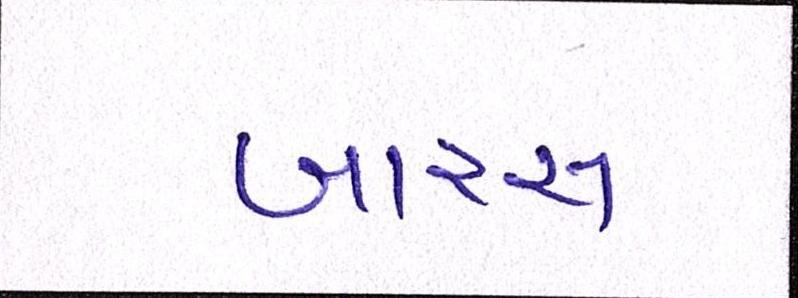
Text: બારસ